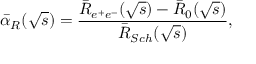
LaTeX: \bar { \alpha } _ { R } ( \sqrt { s } ) = \frac { \bar { R } _ { e ^ { + } e ^ { - } } ( \sqrt { s } ) - \bar { R } _ { 0 } ( \sqrt { s } ) } { \bar { R } _ { S c h } ( \sqrt { s } ) } ,